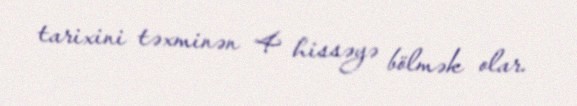
tarixini təxminən 4 hissəyə bölmək olar.